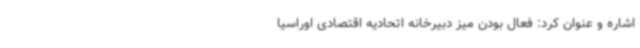
اشاره‌ و عنوان کرد: فعال بودن میز دبیرخانه اتحادیه اقتصادی اوراسیا